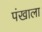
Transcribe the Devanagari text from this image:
पंखाला